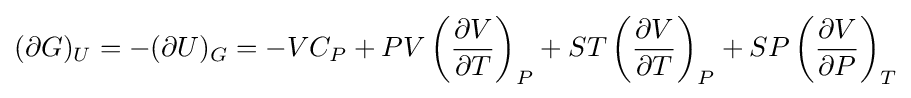
(\partial G)_{U}=-(\partial U)_{G}=-VC_{P}+PV\left({\frac {\partial V}{\partial T}}\right)_{P}+ST\left({\frac {\partial V}{\partial T}}\right)_{P}+SP\left({\frac {\partial V}{\partial P}}\right)_{T}